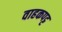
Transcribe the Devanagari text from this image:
वाहकपट्ट